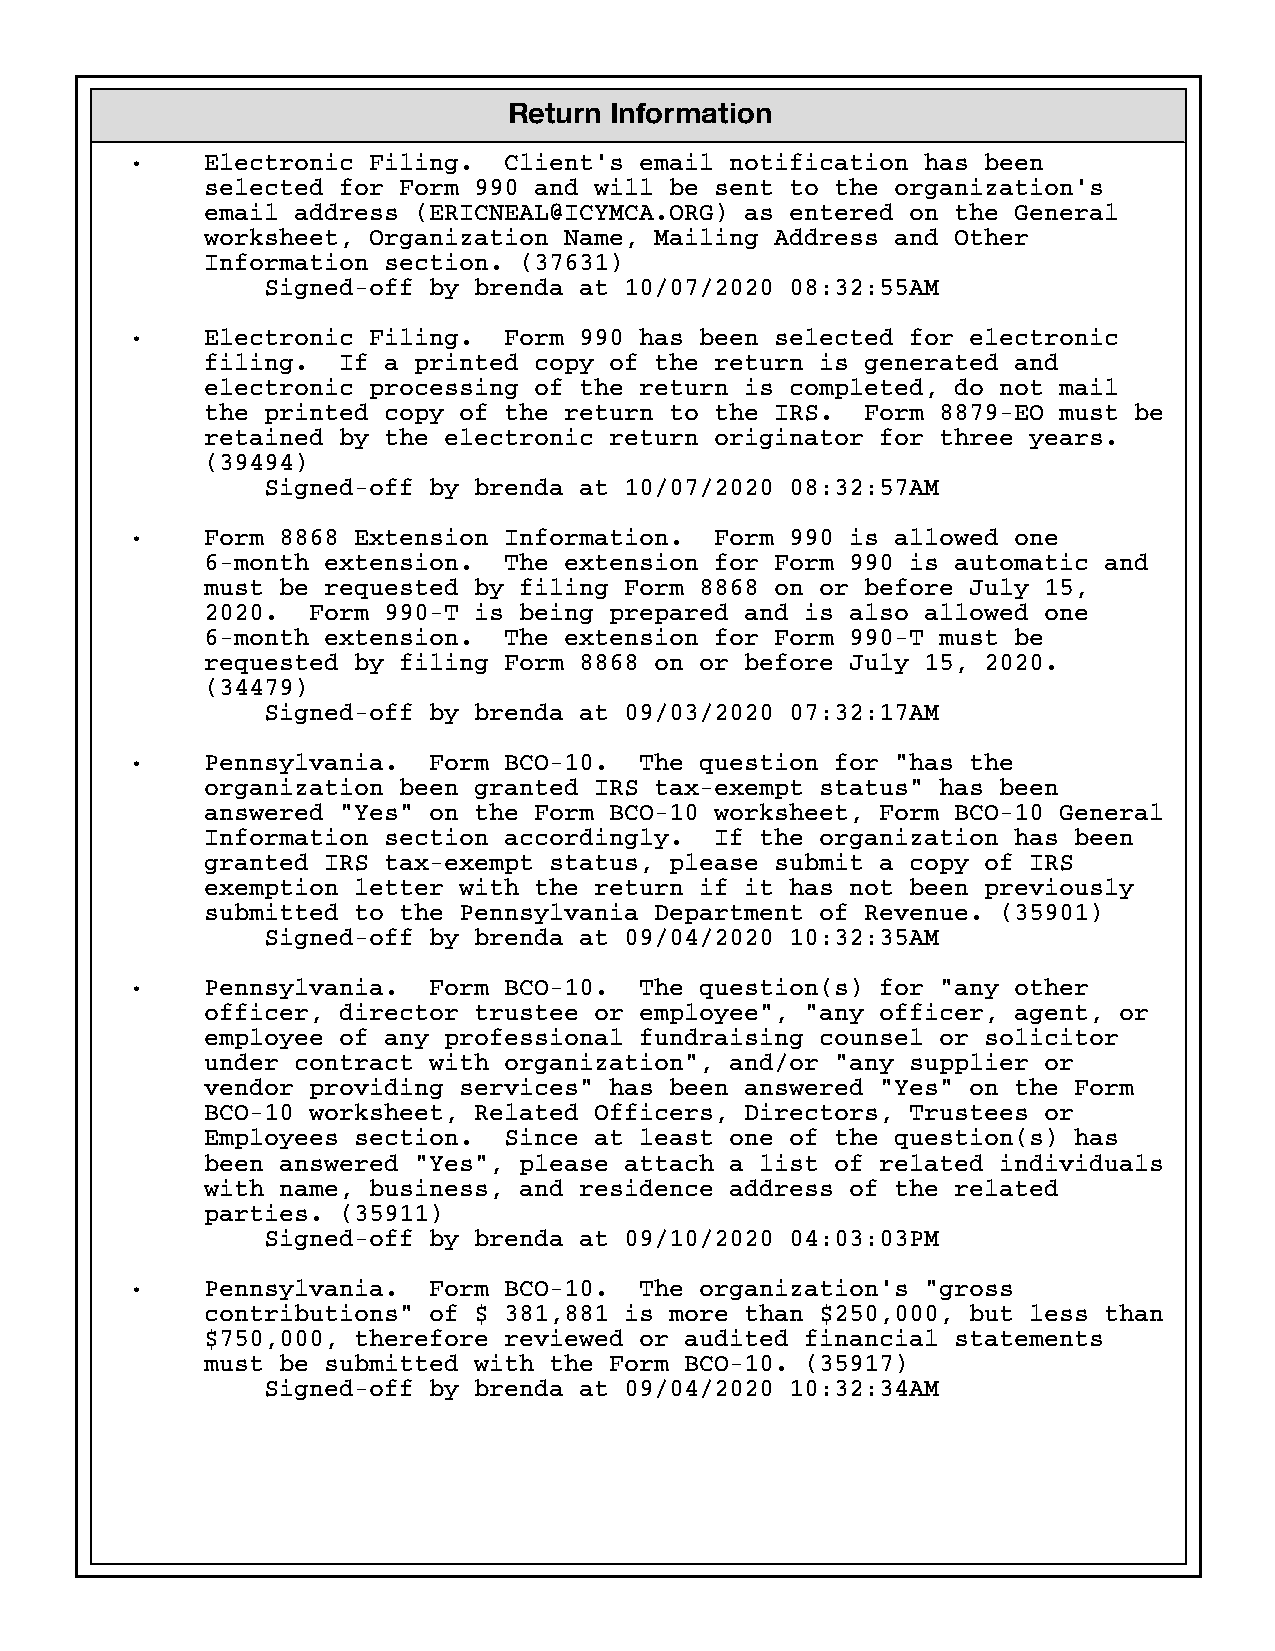
Return Information
 {   Electronic Filing.  Client’s email notification has been
 selected for Form 990 and will be sent to the organization’s
 email address (ERICNEAL@ICYMCA.ORG) as entered on the General
 worksheet, Organization Name, Mailing Address and Other
 Information section. (37631)
 Signed-off by brenda at 10/07/2020 08:32:55AM
 {   Electronic Filing.  Form 990 has been selected for electronic
 filing.  If a printed copy of the return is generated and
 electronic processing of the return is completed, do not mail
 the printed copy of the return to the IRS.  Form 8879-EO must be
 retained by the electronic return originator for three years.
 (39494)
 Signed-off by brenda at 10/07/2020 08:32:57AM
 {   Form 8868 Extension Information.  Form 990 is allowed one
 6-month extension.  The extension for Form 990 is automatic and
 must be requested by filing Form 8868 on or before July 15,
 2020.  Form 990-T is being prepared and is also allowed one
 6-month extension.  The extension for Form 990-T must be
 requested by filing Form 8868 on or before July 15, 2020.
 (34479)
 Signed-off by brenda at 09/03/2020 07:32:17AM
 {   Pennsylvania.  Form BCO-10.  The question for "has the
 organization been granted IRS tax-exempt status" has been
 answered "Yes" on the Form BCO-10 worksheet, Form BCO-10 General
 Information section accordingly.  If the organization has been
 granted IRS tax-exempt status, please submit a copy of IRS
 exemption letter with the return if it has not been previously
 submitted to the Pennsylvania Department of Revenue. (35901)
 Signed-off by brenda at 09/04/2020 10:32:35AM
 {   Pennsylvania.  Form BCO-10.  The question(s) for "any other
 officer, director trustee or employee", "any officer, agent, or
 employee of any professional fundraising counsel or solicitor
 under contract with organization", and/or "any supplier or
 vendor providing services" has been answered "Yes" on the Form
 BCO-10 worksheet, Related Officers, Directors, Trustees or
 Employees section.  Since at least one of the question(s) has
 been answered "Yes", please attach a list of related individuals
 with name, business, and residence address of the related
 parties. (35911)
 Signed-off by brenda at 09/10/2020 04:03:03PM
 {   Pennsylvania.  Form BCO-10.  The organization’s "gross
 contributions" of $ 381,881 is more than $250,000, but less than
 $750,000, therefore reviewed or audited financial statements
 must be submitted with the Form BCO-10. (35917)
 Signed-off by brenda at 09/04/2020 10:32:34AM